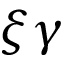
\xi \gamma